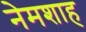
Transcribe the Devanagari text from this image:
नेमशाह